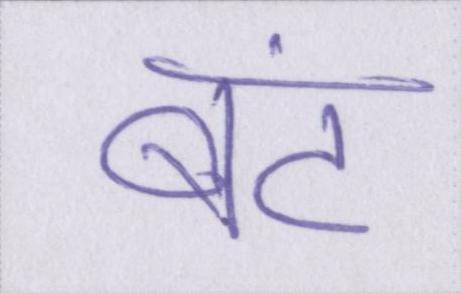
बंट